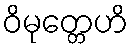
ဝိမုတ္တေဟိ